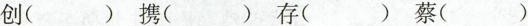
创（）携（）存（）蔡（）